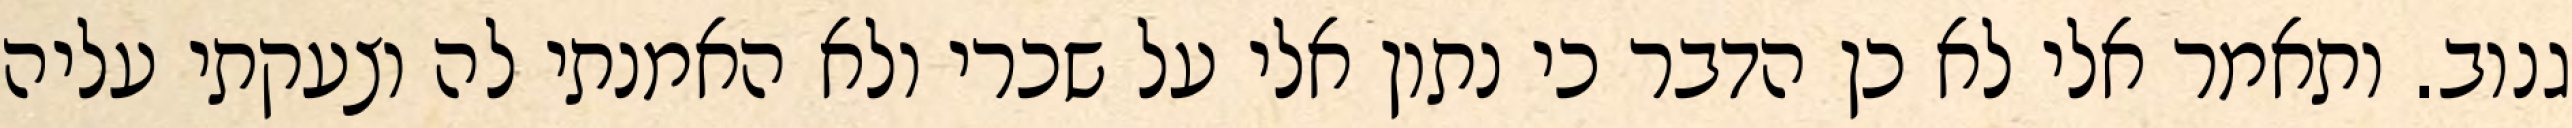
גנוב. ותאמר אלי לא כן הדבר כי נתון אלי על שכרי ולא האמנתי לה וצעקתי עליה